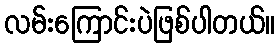
လမ်းကြောင်းပဲဖြစ်ပါတယ်။